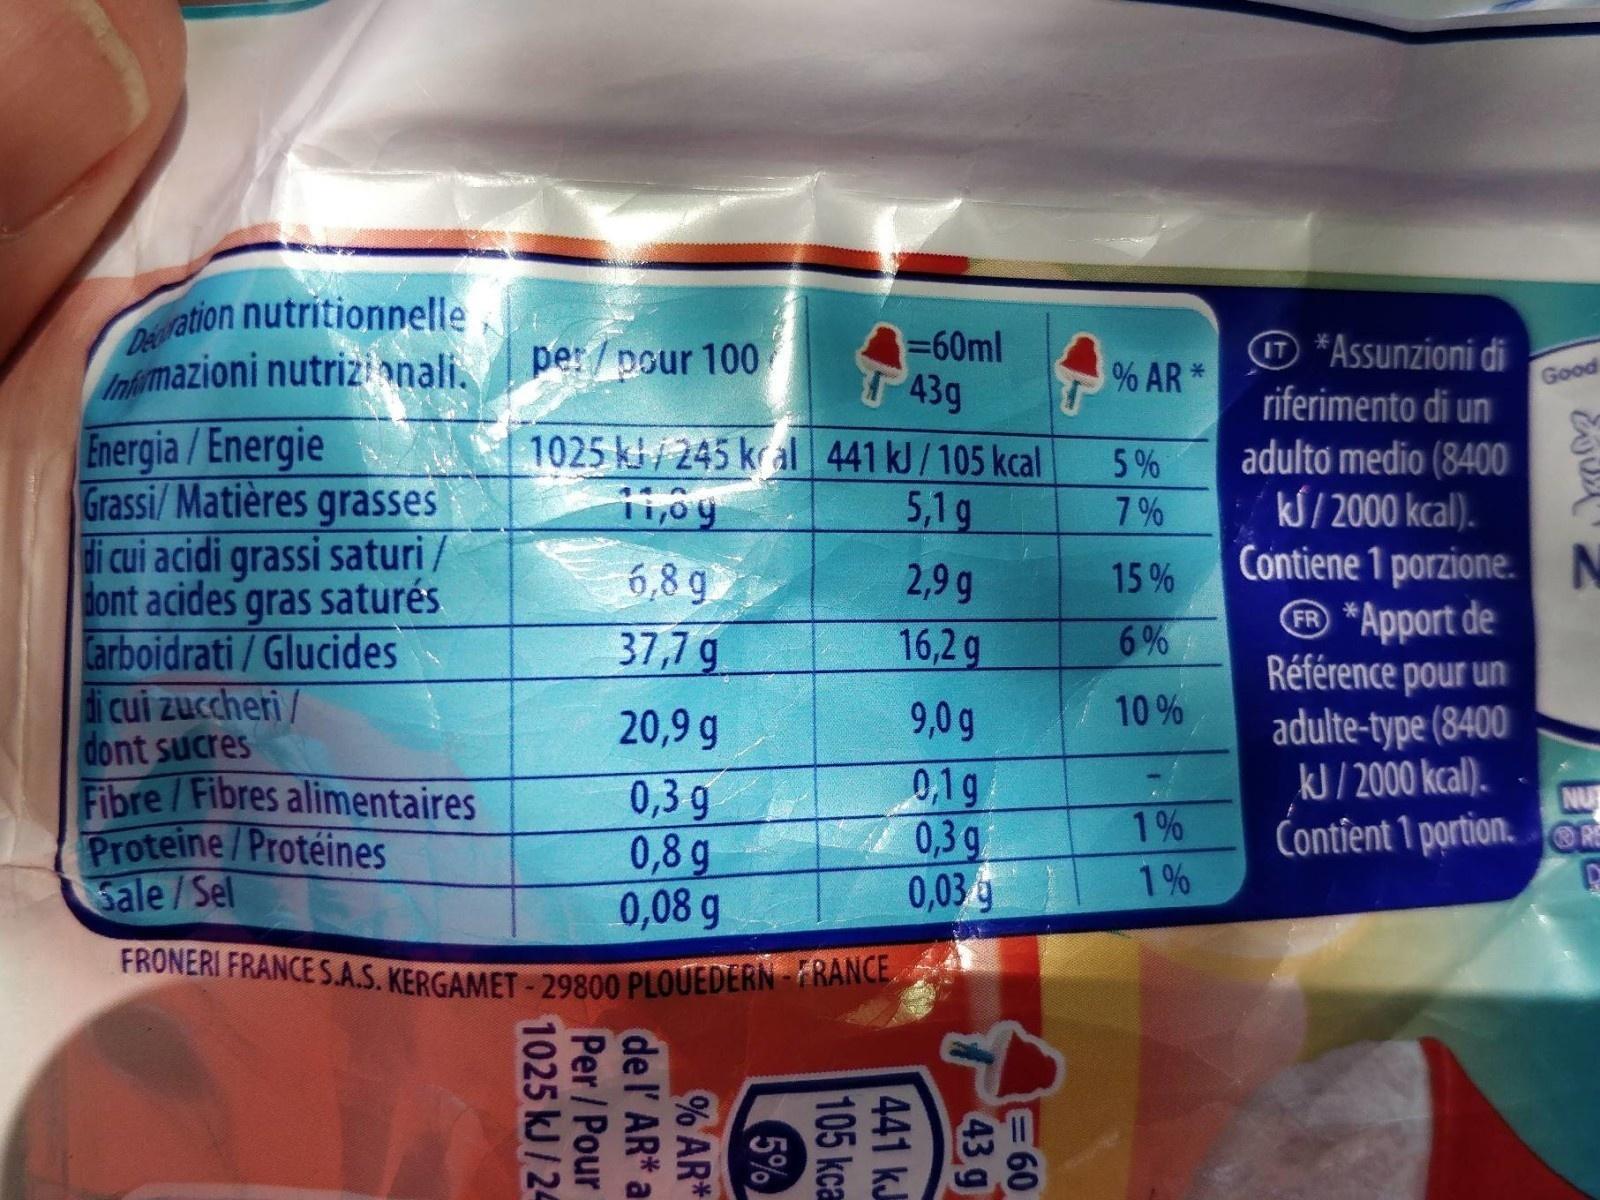
Deration nutritionnelle,
FRONERI FRANCE S.A.S. KERGAMET-29800 PLOUEDERN-FRANCE
@ *Assunzioni di riferimento di un adulto medio (8400 kS / 2000 kcal). Contiene 1 porzione.N ® *Apport de Référence pour un adulte-type (8400 kJ / 2000 kcal).
=60ml 43g 1025 kl/ 245 kral 441 kJ/105 kcal
nmazioni nutrizi onali.
per /pour 100
% AR*
Good
Energia /Energie Grassi/Matières grasses di cui acidi grassi saturi/ dont acides gras saturés arboidrati/Glucides di cui zuccheri/ dont sucres Fibre/Fibres alimentaires Proteine/Protéines Sale/Sel
5%
11,6g
5,1g
7 %
6,8 g 37,7 g
2,9 g
15 %
16,2g
6%
20,9 g
9,0 g
10 %
0,3 g 0,8 g 0,08 g
0,1g 0,3 g 0,03 y
NU Contfent 1 portion.
1%
1%
E60
43 g